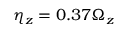
\eta _ { z } = 0 . 3 7 \Omega _ { z }